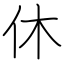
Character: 休